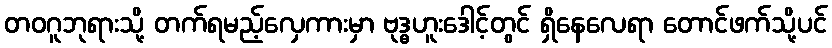
တဝဂူဘုရားသို့ တက်ရမည့်လှေကားမှာ ဗုဒ္ဓဟူးဒေါင့်တွင် ရှိနေလေရာ တောင်ဖက်သို့ပင်